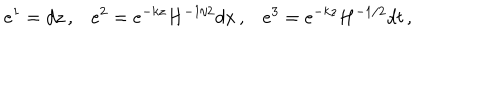
LaTeX: e ^ { 1 } = d z \, , e ^ { 2 } = e ^ { - k z } H ^ { - 1 / 2 } d x \, , e ^ { 3 } = e ^ { - k z } H ^ { - 1 / 2 } d t \, ,